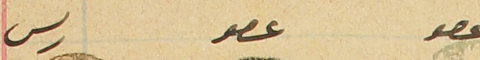
عصو                    عصو                    رىس